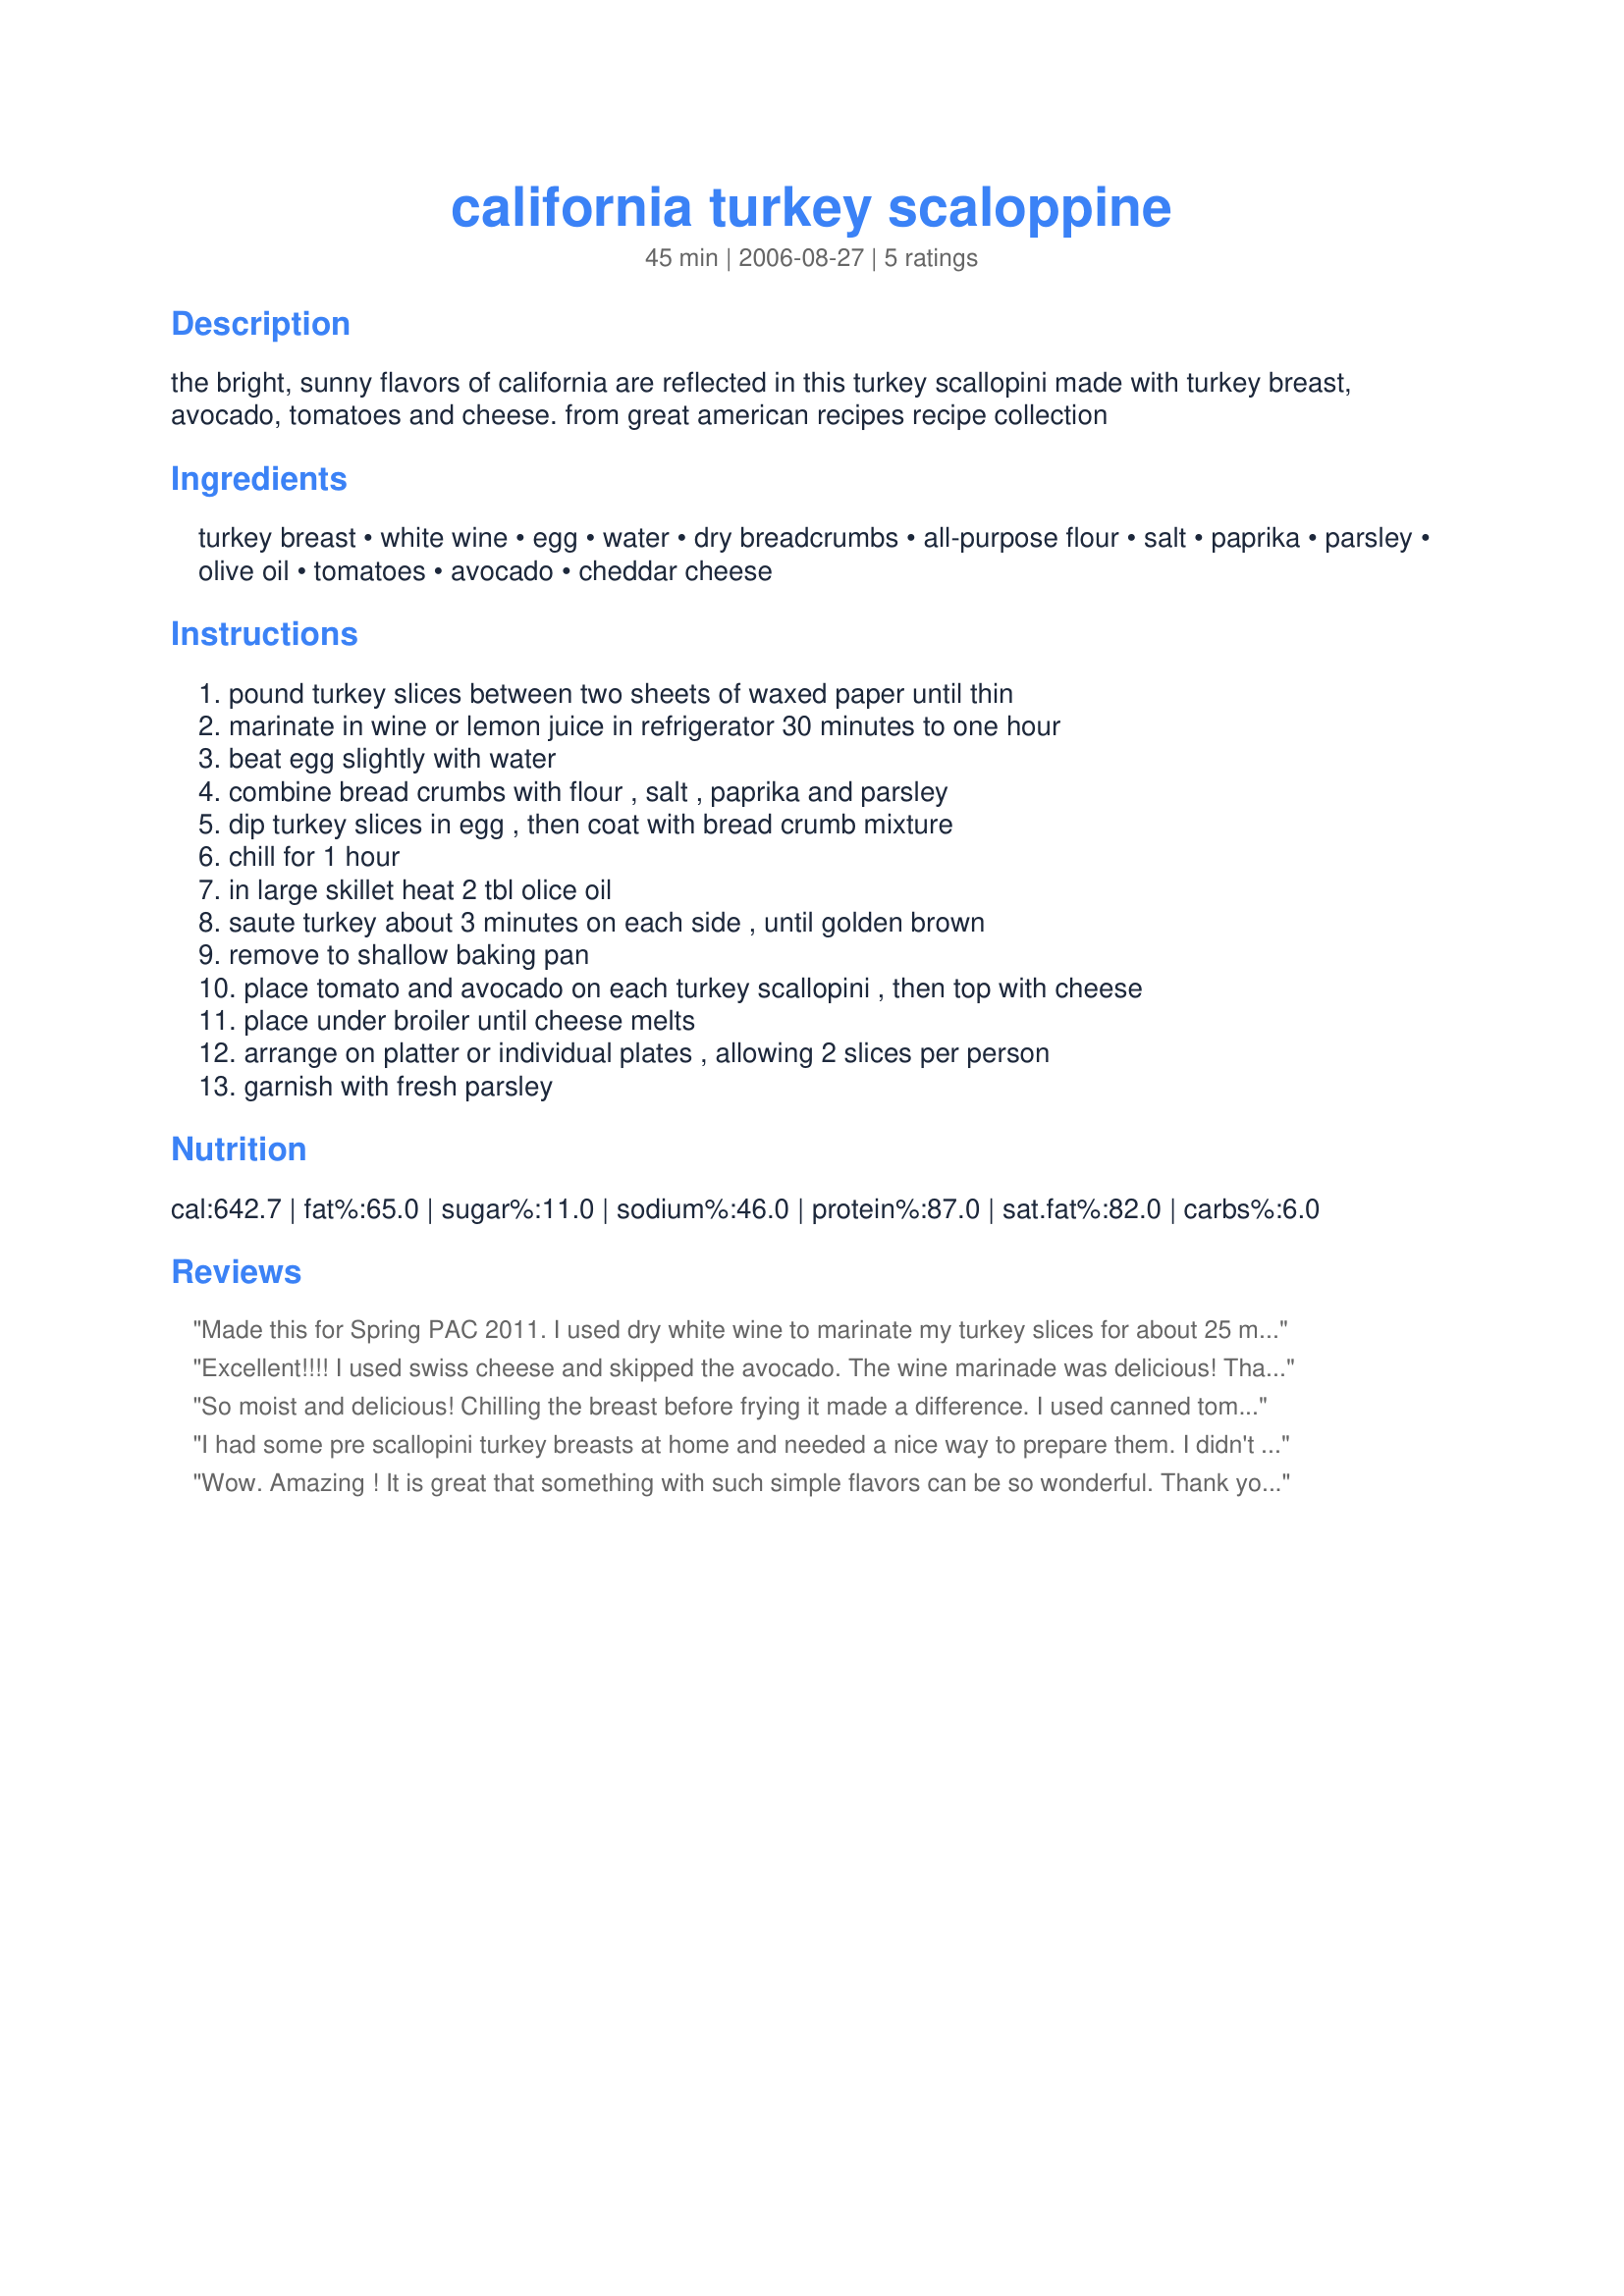
california turkey scaloppine
Preparation time: 45 minutes

the bright, sunny flavors of california are reflected in this turkey scallopini made with turkey breast, avocado, tomatoes and cheese. from great american recipes recipe collection

Ingredients:
turkey breast, white wine, egg, water, dry breadcrumbs, all-purpose flour, salt, paprika, parsley, olive oil, tomatoes, avocado, cheddar cheese

Steps:
pound turkey slices between two sheets of waxed paper until thin, marinate in wine or lemon juice in refrigerator 30 minutes to one hour, beat egg slightly with water, combine bread crumbs with flour , salt , paprika and parsley, dip turkey slices in egg , then coat with bread crumb mixture, chill for 1 hour, in large skillet heat 2 tbl olice oil, saute turkey about 3 minutes on each side , until golden brown, remove to shallow baking pan, place tomato and avocado on each turkey scallopini , then top with cheese, place under broiler until cheese melts, arrange on platter or individual plates , allowing 2 slices per person, garnish with fresh parsley

Reviews:
Made this for Spring PAC 2011. I used dry white wine to marinate my turkey slices for about 25 minutes and mixed bread crumbs with flour and panko crumbs (for some crunch) and the seasonings. I used the toppings and this was sooooooo easy and good! Thank you for submitting the recipe.
Excellent!!!!
 I used swiss cheese and skipped the avocado. The wine marinade was delicious! Thank you for sharing
So moist and delicious! Chilling the breast before frying it made a difference. I used canned tomatoes and didn't have avocado but it came out wonderful. Thanks for a great recipe!
I had some pre scallopini turkey breasts at home and needed a nice way to prepare them. I didn't have the avacado and the cheddar and only had Italian panko breadcrumbs so I went more Italian flavor with this than the Cali version. However I loved the preperation method and chilling before frying the breasts was a great idea and something I will definately use in the future. I followed the recipe exact except for the toppings I was missing and instead used a little mozzerella cheese on top.My husband and I both gave this 6 stars. I will definately make again and next time with the cheddar and avacado. Thanks =)
Wow. Amazing ! It is great that something with such simple flavors can be so wonderful. Thank you so much for sharing this recipe.
